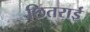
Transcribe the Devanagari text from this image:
छितराई